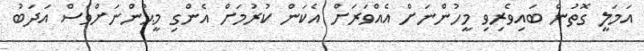
އަމަލީ ގޮތުން ބައިވެރިވި މީހުންނަށް އެއްވަރަށް އެކަން ކުރުމަށް އެންގި މީޙުންނަށްވެސް އަދަބު